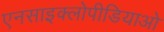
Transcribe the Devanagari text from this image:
एनसाइक्लोपीडियाओ